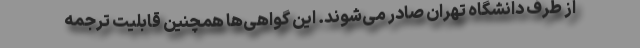
از طرف دانشگاه تهران صادر می‌شوند. این گواهی‌ها همچنین قابلیت ترجمه